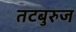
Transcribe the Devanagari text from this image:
तटबुरुज